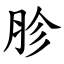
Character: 胗